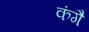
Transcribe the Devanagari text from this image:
कंगै